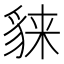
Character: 𧳕